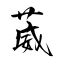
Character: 葳